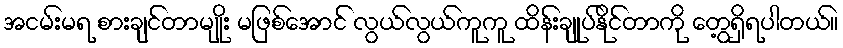
အငမ်းမရ စားချင်တာမျိုး မဖြစ်အောင် လွယ်လွယ်ကူကူ ထိန်းချုပ်နိုင်တာကို တွေ့ရှိရပါတယ်။